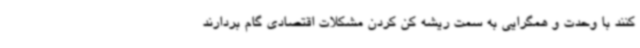
کنند با وحدت و همگرایی به سمت ریشه کن کردن مشکلات اقتصادی گام بردارند